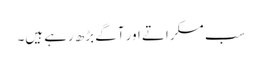
سب مسکراتے اور آگے بڑھ رہے ہیں۔